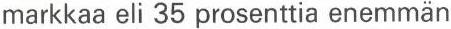
markkaa eli 35 prosenttia enemmän